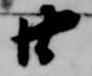
廿